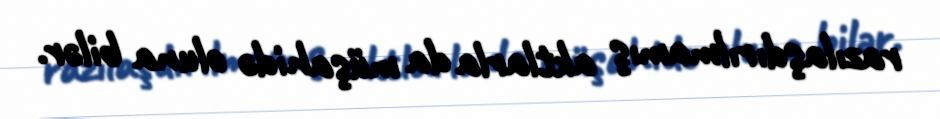
razılaşdırılmamış aktlarla da müşahidə oluna bilər.